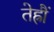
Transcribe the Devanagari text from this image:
तेह्रौं